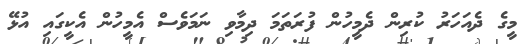
މީގެ ދެއަހަރު ކުރިން ދެމީހުން ފުރަތަމަ ދިމާވި ނަމަވެސް އެމީހުން އެކީގައި އުޅޭ